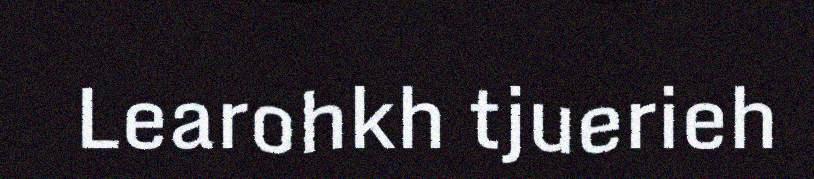
Learohkh tjuerieh